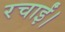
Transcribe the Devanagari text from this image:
रचाईं।